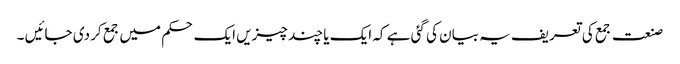
صنعت جمع کی تعریف یہ بیان کی گئی ہے کہ ایک یا چند چیزیں ایک حکم میں جمع کر دی جائیں ۔